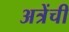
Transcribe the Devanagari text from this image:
अत्रेंची